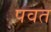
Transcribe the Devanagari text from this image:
पवत